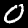
Label: 0